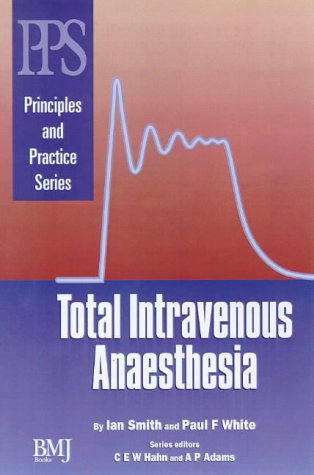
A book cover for Total Intravenous Anaesthesia; Ian Smith; Medical Books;